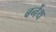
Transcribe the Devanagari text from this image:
बर्नेथ